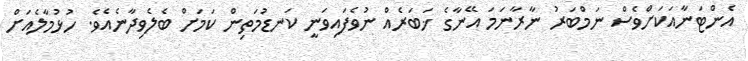
އެންޓަނާއަކަށްވެސް ނަމްބަރު ނާރާނަމަ އޭނާގެ ޚަބަރެއް ނުވެފައިވަނީ ކަނޑުމަތިން ކަމަށް ބެލެވިދާނެއެވެ. ހުޅުމާލެއަށް